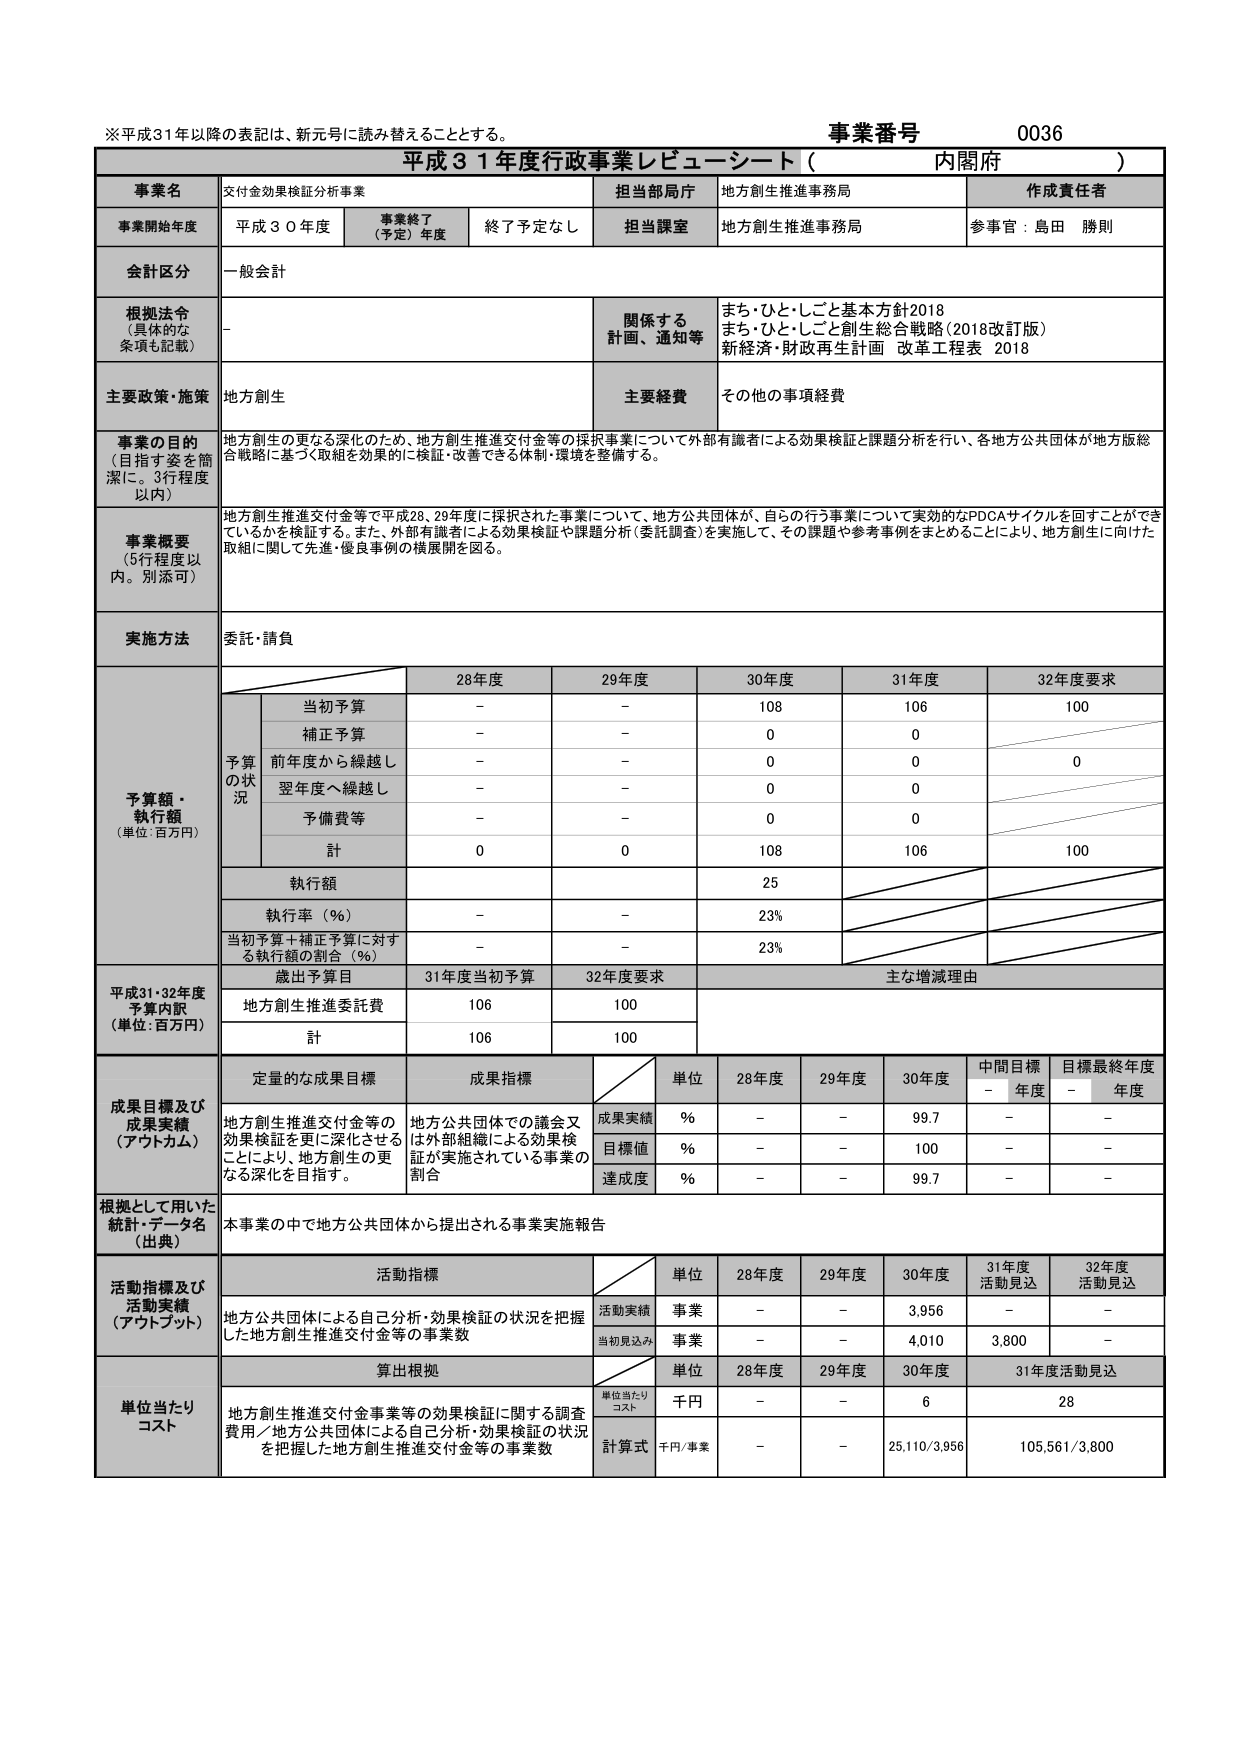
※平成31年以降の表記は、新元号に読み替えることとする。
事業番号 0036
平成31年度行政事業レビューシート（内閣府）

事業名 交付金効果検証分析事業
担当部局庁 地方創生推進事務局
作成責任者 参事官：島田 勝則

事業開始年度 平成30年度
事業終了（予定）年度 終了予定なし
担当課室 地方創生推進事務局

会計区分 一般会計

根拠法令（具体的な条項も記載） -
関係する計画、通知等 まち・ひと・しごと基本方針2018
まち・ひと・しごと創生総合戦略（2018改訂版）
新経済・財政再生計画 改革工程表 2018

主要政策・施策 地方創生
主要経費 その他の事項経費

事業の目的（目指す姿を簡潔に。3行程度以内）
地方創生の更なる深化のため、地方創生推進交付金等の採択事業について外部有識者による効果検証と課題分析を行い、各地方公共団体が地方版総合戦略に基づく取組を効果的に検証・改善できる体制・環境を整備する。

事業概要（5行程度以内。別添可）
地方創生推進交付金等で平成28、29年度に採択された事業について、地方公共団体が、自らの行う事業について実効的なPDCAサイクルを回すことができるかを検証する。また、外部有識者による効果検証や課題分析（委託調査）を実施して、その課題や参考事例をまとめることにより、地方創生に向けた取組に関して先進・優良事例の横展開を図る。

実施方法 委託・請負

予算額・執行額（単位：百万円）
28年度 29年度 30年度 31年度 32年度要求
当初予算 - - 108 106 100
補正予算 - - 0 0
前年度から繰越し - - 0 0 0
翌年度へ繰越し - - 0 0
予備費等 - - 0 0
計 0 0 108 106 100
執行額 25
執行率（％） - - 23%
当初予算＋補正予算に対する執行額の割合（％） - - 23%

平成31・32年度予算内訳（単位：百万円）
歳出予算目 31年度当初予算 32年度要求 主な増減理由
地方創生推進委託費 106 100
計 106 100

成果目標及び成果実績（アウトカム）
定量的な成果目標 成果指標 単位 28年度 29年度 30年度 中間目標 - 年度 目標最終年度 - 年度
地方創生推進交付金等の効果検証を更に深化させることにより、地方創生の更なる深化を目指す。 地方公共団体での議会又は外部組織による効果検証が実施されている事業の割合 成果実績 ％ - - 99.7 - -
目標値 ％ - - 100 - -
達成度 ％ - - 99.7 - -

根拠として用いた統計・データ名（出典）
本事業の中で地方公共団体から提出される事業実施報告

活動指標及び活動実績（アウトプット）
活動指標 単位 28年度 29年度 30年度 31年度活動見込 32年度活動見込
地方公共団体による自己分析・効果検証の状況を把握した地方創生推進交付金等の事業数 活動実績 事業 - - 3,956 - -
当初見込み 事業 - - 4,010 3,800 -

単位当たりコスト
算出根拠 単位 28年度 29年度 30年度 31年度活動見込
地方創生推進交付金事業等の効果検証に関する調査費用／地方公共団体による自己分析・効果検証の状況を把握した地方創生推進交付金等の事業数 単位当たりコスト 千円 - - 6 28
計算式 千円/事業 - - 25,110/3,956 105,561/3,800